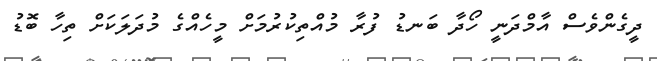
ދީގެންވެސް އާމްދަނީ ހޯދާ ބަނޑު ފުރާ މުއްތިކުރުމަށް މީހެއްގެ މުދަލަކަށް ތިހާ ބޮޑު